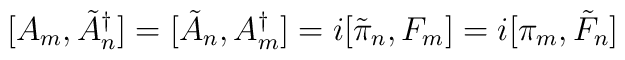
[A_{m},\tilde{A}^{\dagger}_{n}] = [\tilde{A}_{n},A^{\dagger}_{m}] = i[\tilde{\pi}_{n},F_{m}] = i[\pi_{m},\tilde{F}_{n}]